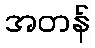
အတန်